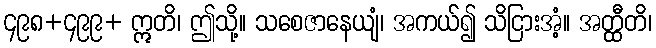
၄၉၈+၄၉၉+ ဣတိ၊ ဤသို့။ သစေဇာနေယျံ၊ အကယ်၍ သိငြားအံ့။ အတ္ထီတိ၊